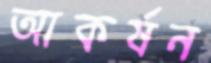
আকর্ষন